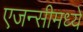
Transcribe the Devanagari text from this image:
एजन्सीमध्ये